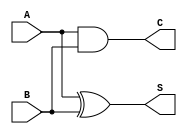
module carry_lookahead_half_adder (
    input wire A,      // First input
    input wire B,      // Second input
    output wire S,     // Sum output
    output wire C      // Carry output
);

// Logic for Sum output (S)
assign S = A ^ B; // S = A XOR B

// Logic for Carry output (C)
assign C = A & B; // C = A AND B

endmodule